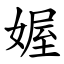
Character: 媉